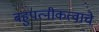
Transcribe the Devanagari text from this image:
बहुपत्‍नीकत्वाचे